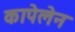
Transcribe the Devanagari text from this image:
कापेलेन